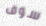
سوف